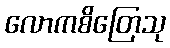
လောကစိတြေသု